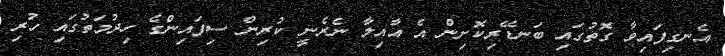
އެނގިފައިވާ ގޮތުގައި ބަނޑޭރިކޮށިން އެ އާއިލާ ނެރެނީ ކުރިން ސިފައިންގެ ހިދުމަތުގައި ހުރި